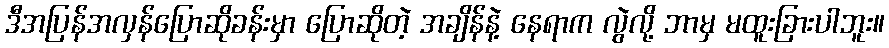
ဒီအပြန်အလှန်ပြောဆိုခန်းမှာ ပြောဆိုတဲ့ အချိန်နဲ့ နေရာက လွဲလို့ ဘာမှ မထူးခြားပါဘူး။